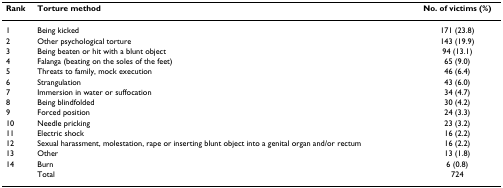
| Rank | Torture method | No. of victims (%) |
 | --- | --- | --- |
 | 1 | Being kicked | 171 (23.8) |
 | 2 | Other psychological torture | 143 (19.9) |
 | 3 | Being beaten or hit with a blunt object | 94 (13.1) |
 | 4 | Falanga (beating on the soles of the feet) | 65 (9.0) |
 | 5 | Threats to family, mock execution | 46 (6.4) |
 | 6 | Strangulation | 43 (6.0) |
 | 7 | Immersion in water or suffocation | 34 (4.7) |
 | 8 | Being blindfolded | 30 (4.2) |
 | 9 | Forced position | 24 (3.3) |
 | 10 | Needle pricking | 23 (3.2) |
 | 11 | Electric shock | 16 (2.2) |
 | 12 | Sexual harassment, molestation, rape or inserting blunt object into a genital organ and/or rectum | 16 (2.2) |
 | 13 | Other | 13 (1.8) |
 | 14 | Burn | 6 (0.8) |
 |  | Total | 724 |